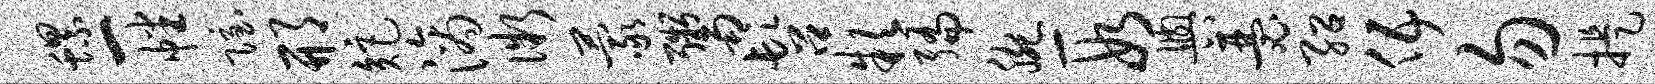
螺一幡隐邢矩滴微蒙鬻髫款编腕段舆瑟绍伍勿提